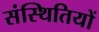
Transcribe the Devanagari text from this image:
संस्थितियों